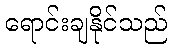
ရောင်းချနိုင်သည်